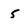
Character: 5